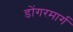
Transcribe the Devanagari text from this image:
डोंगरमार्ग